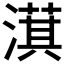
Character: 𣾁